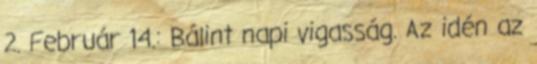
2. Február 14.: Bálint napi vigasság. Az idén az